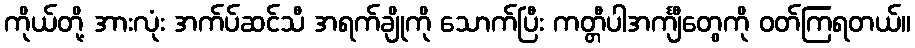
ကိုယ်တို့ အားလုံး အက်ပ်ဆင်သီ အရက်ချိုကို သောက်ပြီး ကတ္တီပါအင်္ကျီတွေကို ဝတ်ကြရတယ်။